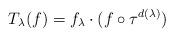
LaTeX: \begin{align*} T_\lambda(f) = f_\lambda \cdot (f \circ \tau^{d(\lambda)}) \end{align*}